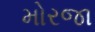
મોરજા